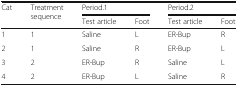
<table><thead><tr><td rowspan="2"><b>Cat</b></td><td rowspan="2"><b>Treatment sequence</b></td><td colspan="2"><b>Period.1</b></td><td colspan="2"><b>Period.2</b></td></tr><tr><td><b>Test article</b></td><td><b>Foot</b></td><td><b>Test article</b></td><td><b>Foot</b></td></tr></thead><tbody><tr><td>1</td><td>1</td><td>Saline</td><td>L</td><td>ER-Bup</td><td>R</td></tr><tr><td>2</td><td>1</td><td>Saline</td><td>R</td><td>ER-Bup</td><td>L</td></tr><tr><td>3</td><td>2</td><td>ER-Bup</td><td>R</td><td>Saline</td><td>L</td></tr><tr><td>4</td><td>2</td><td>ER-Bup</td><td>L</td><td>Saline</td><td>R</td></tr></tbody></table>